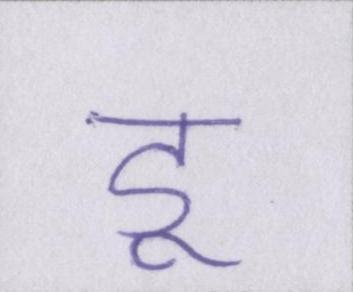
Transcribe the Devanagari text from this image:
डू